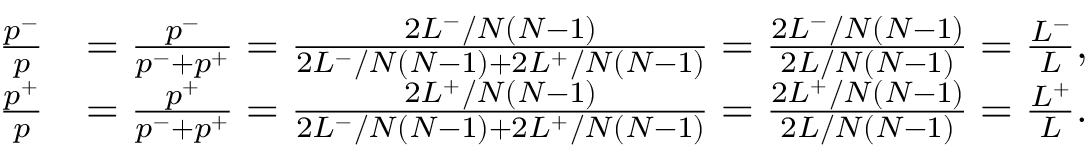
\begin{array} { r l } { \frac { p ^ { - } } { p } } & { = \frac { p ^ { - } } { p ^ { - } + p ^ { + } } = \frac { 2 L ^ { - } / N ( N - 1 ) } { 2 L ^ { - } / N ( N - 1 ) + 2 L ^ { + } / N ( N - 1 ) } = \frac { 2 L ^ { - } / N ( N - 1 ) } { 2 L / N ( N - 1 ) } = \frac { L ^ { - } } { L } , } \\ { \frac { p ^ { + } } { p } } & { = \frac { p ^ { + } } { p ^ { - } + p ^ { + } } = \frac { 2 L ^ { + } / N ( N - 1 ) } { 2 L ^ { - } / N ( N - 1 ) + 2 L ^ { + } / N ( N - 1 ) } = \frac { 2 L ^ { + } / N ( N - 1 ) } { 2 L / N ( N - 1 ) } = \frac { L ^ { + } } { L } . } \end{array}